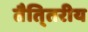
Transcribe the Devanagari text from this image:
तैति्तरीय